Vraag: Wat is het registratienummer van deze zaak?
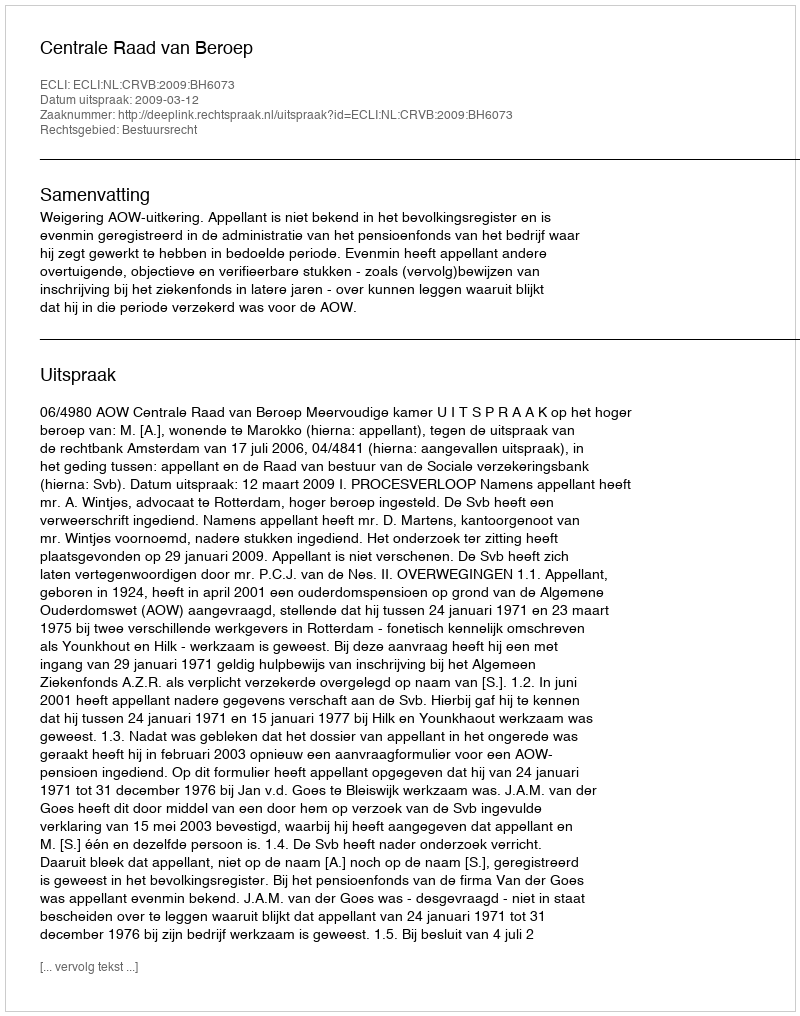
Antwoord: http://deeplink.rechtspraak.nl/uitspraak?id=ECLI:NL:CRVB:2009:BH6073